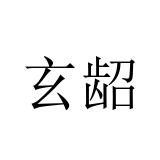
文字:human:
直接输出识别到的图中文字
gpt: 玄龆